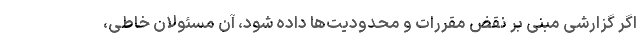
اگر گزارشی مبنی بر نقض مقررات و محدودیت‌ها داده شود، آن مسئولان خاطی،